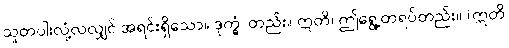
သူတပါးလုံ့လလျှင် အရင်းရှိသော။ ဒုက္ခံ၊ တည်း။ ဣတိ၊ ဤရွေ့တရပ်တည်း။ (ဣတိ